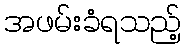
အဖမ်းခံရသည့်